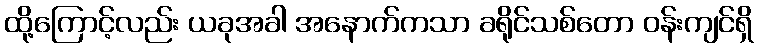
ထို့ကြောင့်လည်း ယခုအခါ အနောက်ကသာ ခရိုင်သစ်တော ဝန်းကျင်ရှိ